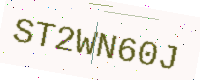
Text: ST2WN60J